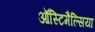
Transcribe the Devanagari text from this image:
ऑस्टिमैल्सिया